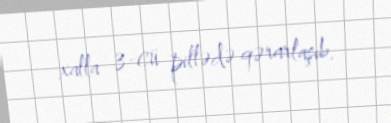
xalla 3-cü pillədə qərarlaşıb.